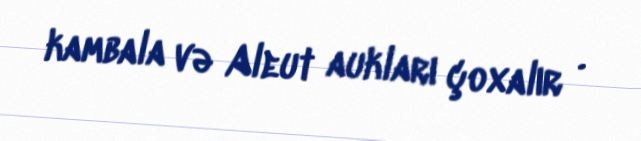
kambala və Aleut aukları çoxalır .